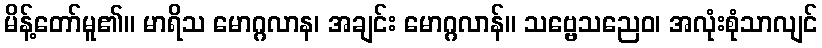
မိန့်တော်မူ၏။ မာရိသ မောဂ္ဂလာန၊ အချင်း မောဂ္ဂလာန်။ သဗ္ဗေသညေဝ၊ အလုံးစုံသာလျင်